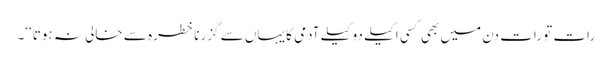
رات تو رات دن میں بھی کسی اکیلے دو کیلے آدمی کا یہاں سے گزرنا خطرہ سے خالی نہ ہوتا‘‘۔